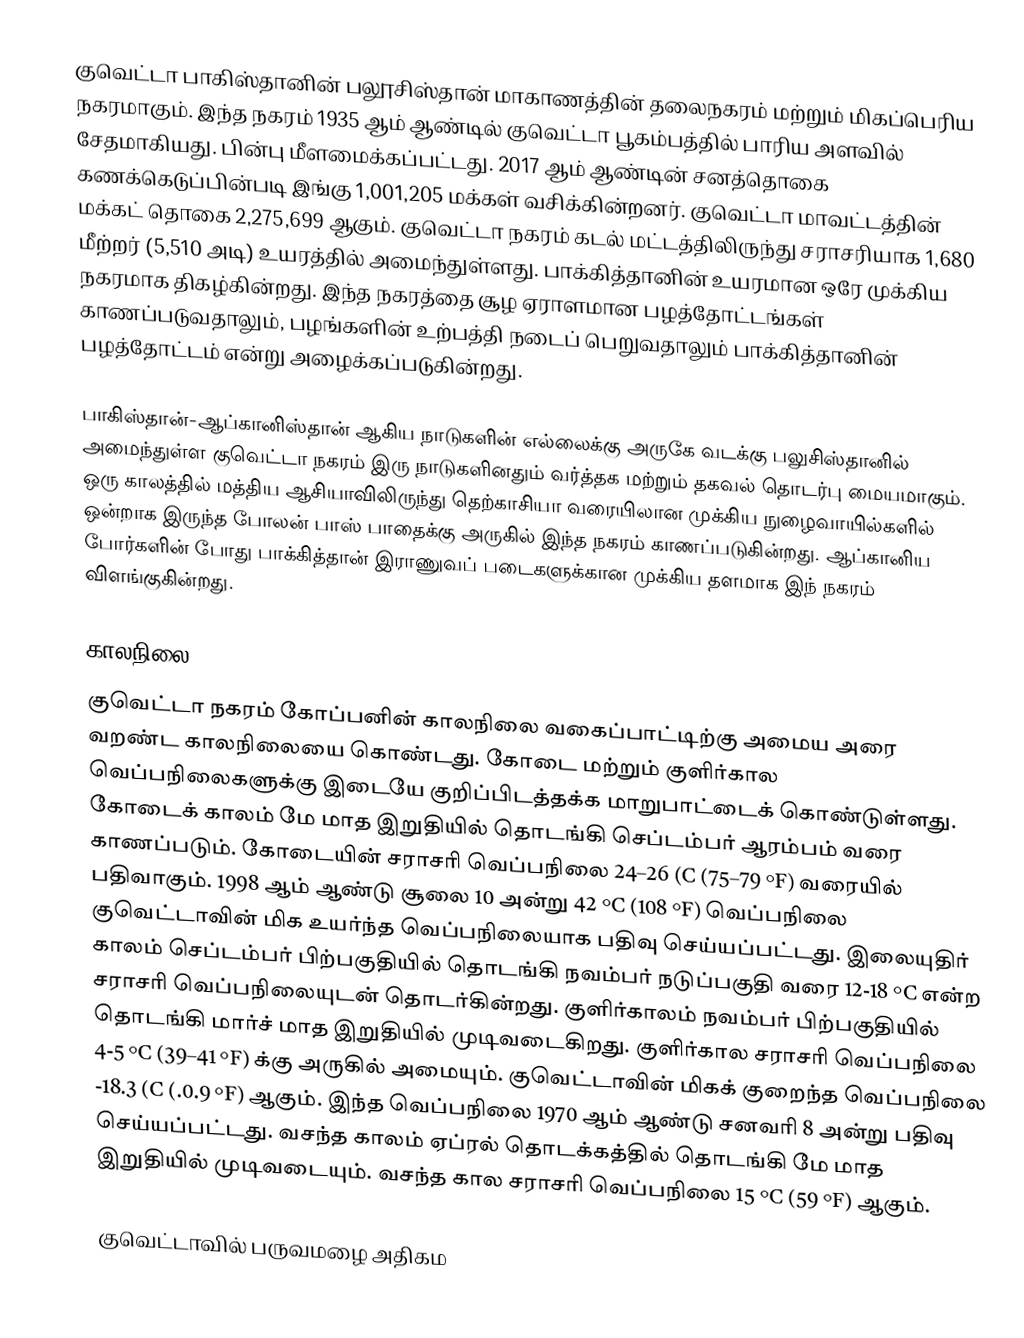
குவெட்டா பாகிஸ்தானின் பலூசிஸ்தான் மாகாணத்தின் தலைநகரம் மற்றும் மிகப்பெரிய நகரமாகும். இந்த நகரம் 1935 ஆம் ஆண்டில் குவெட்டா பூகம்பத்தில் பாரிய அளவில் சேதமாகியது. பின்பு மீளமைக்கப்பட்டது. 2017 ஆம் ஆண்டின் சனத்தொகை கணக்கெடுப்பின்படி இங்கு 1,001,205 மக்கள் வசிக்கின்றனர். குவெட்டா மாவட்டத்தின் மக்கட் தொகை 2,275,699 ஆகும். குவெட்டா நகரம் கடல் மட்டத்திலிருந்து சராசரியாக 1,680 மீற்றர் (5,510 அடி) உயரத்தில் அமைந்துள்ளது. பாக்கித்தானின் உயரமான ஒரே முக்கிய நகரமாக திகழ்கின்றது. இந்த நகரத்தை சூழ ஏராளமான பழத்தோட்டங்கள் காணப்படுவதாலும், பழங்களின் உற்பத்தி நடைப் பெறுவதாலும் பாக்கித்தானின் பழத்தோட்டம் என்று அழைக்கப்படுகின்றது.

பாகிஸ்தான்-ஆப்கானிஸ்தான் ஆகிய  நாடுகளின் எல்லைக்கு அருகே வடக்கு பலுசிஸ்தானில் அமைந்துள்ள குவெட்டா நகரம் இரு நாடுகளினதும் வர்த்தக மற்றும் தகவல் தொடர்பு மையமாகும். ஒரு காலத்தில் மத்திய ஆசியாவிலிருந்து தெற்காசியா வரையிலான முக்கிய நுழைவாயில்களில் ஒன்றாக இருந்த போலன் பாஸ் பாதைக்கு அருகில் இந்த நகரம் காணப்படுகின்றது. ஆப்கானிய போர்களின் போது பாக்கித்தான் இராணுவப் படைகளுக்கான முக்கிய தளமாக இந் நகரம் விளங்குகின்றது.

காலநிலை
குவெட்டா நகரம் கோப்பனின் காலநிலை வகைப்பாட்டிற்கு அமைய அரை வறண்ட காலநிலையை கொண்டது. கோடை மற்றும் குளிர்கால வெப்பநிலைகளுக்கு இடையே குறிப்பிடத்தக்க மாறுபாட்டைக் கொண்டுள்ளது. கோடைக் காலம் மே மாத இறுதியில் தொடங்கி செப்டம்பர் ஆரம்பம் வரை காணப்படும். கோடையின்  சராசரி வெப்பநிலை 24–26 (C (75–79 °F) வரையில் பதிவாகும். 1998 ஆம் ஆண்டு சூலை 10 அன்று 42 °C (108 °F) வெப்பநிலை குவெட்டாவின் மிக உயர்ந்த வெப்பநிலையாக பதிவு செய்யப்பட்டது. இலையுதிர் காலம் செப்டம்பர் பிற்பகுதியில் தொடங்கி நவம்பர் நடுப்பகுதி வரை 12-18 °C என்ற சராசரி வெப்பநிலையுடன் தொடர்கின்றது. குளிர்காலம் நவம்பர் பிற்பகுதியில் தொடங்கி மார்ச் மாத இறுதியில் முடிவடைகிறது. குளிர்கால சராசரி வெப்பநிலை 4-5 °C (39–41 °F) க்கு அருகில் அமையும். குவெட்டாவின் மிகக் குறைந்த வெப்பநிலை -18.3 (C (.0.9 °F) ஆகும். இந்த வெப்பநிலை 1970 ஆம் ஆண்டு சனவரி 8 அன்று பதிவு செய்யப்பட்டது. வசந்த காலம் ஏப்ரல் தொடக்கத்தில் தொடங்கி மே மாத இறுதியில் முடிவடையும். வசந்த கால சராசரி வெப்பநிலை 15 °C (59 °F) ஆகும்.

குவெட்டாவில் பருவமழை அதிகம